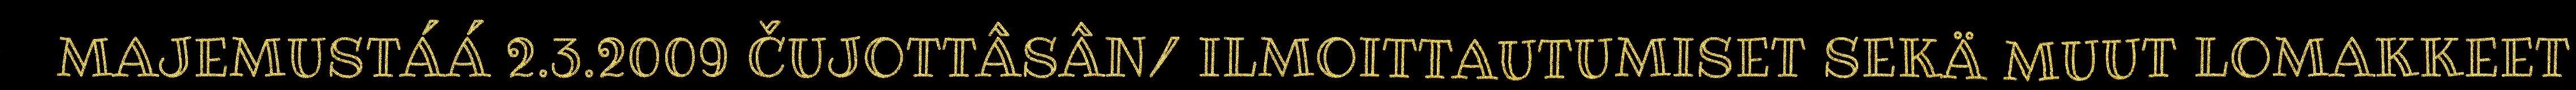
MAJEMUSTÁÁ 2.3.2009 ČUJOTTÂSÂN/ ILMOITTAUTUMISET SEKÄ MUUT LOMAKKEET